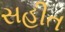
સહીત